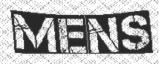
MENS